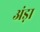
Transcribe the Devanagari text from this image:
अंड़ा